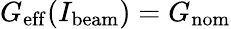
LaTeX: G_{\mathrm{eff}}(I_{\mathrm{beam}})=G_{\mathrm{nom}}